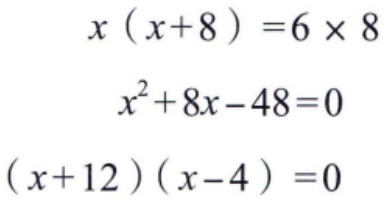
\[
\begin{align*}
x(x + 8)&=6\times8\\
x^{2}+8x - 48&=0\\
(x + 12)(x - 4)&=0
\end{align*}
\]